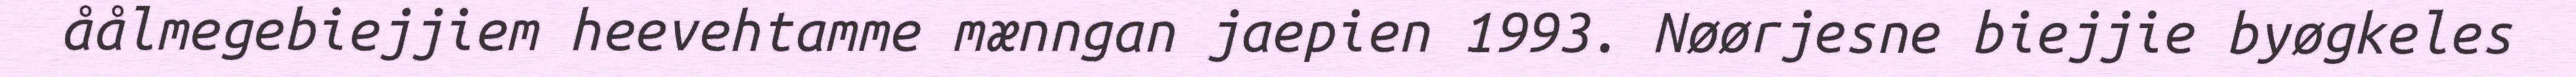
åålmegebiejjiem heevehtamme mænngan jaepien 1993. Nøørjesne biejjie byøgkeles